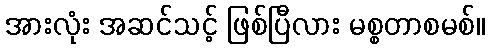
အားလုံး အဆင်သင့် ဖြစ်ပြီလား မစ္စတာစမစ်။